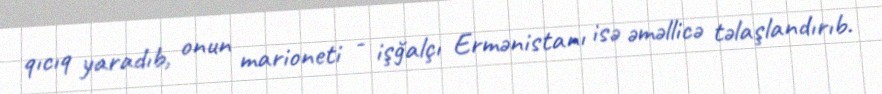
qıcıq yaradıb, onun marioneti - işğalçı Ermənistanı isə əməllicə təlaşlandırıb.